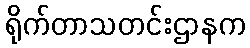
ရိုက်တာသတင်းဌာနက